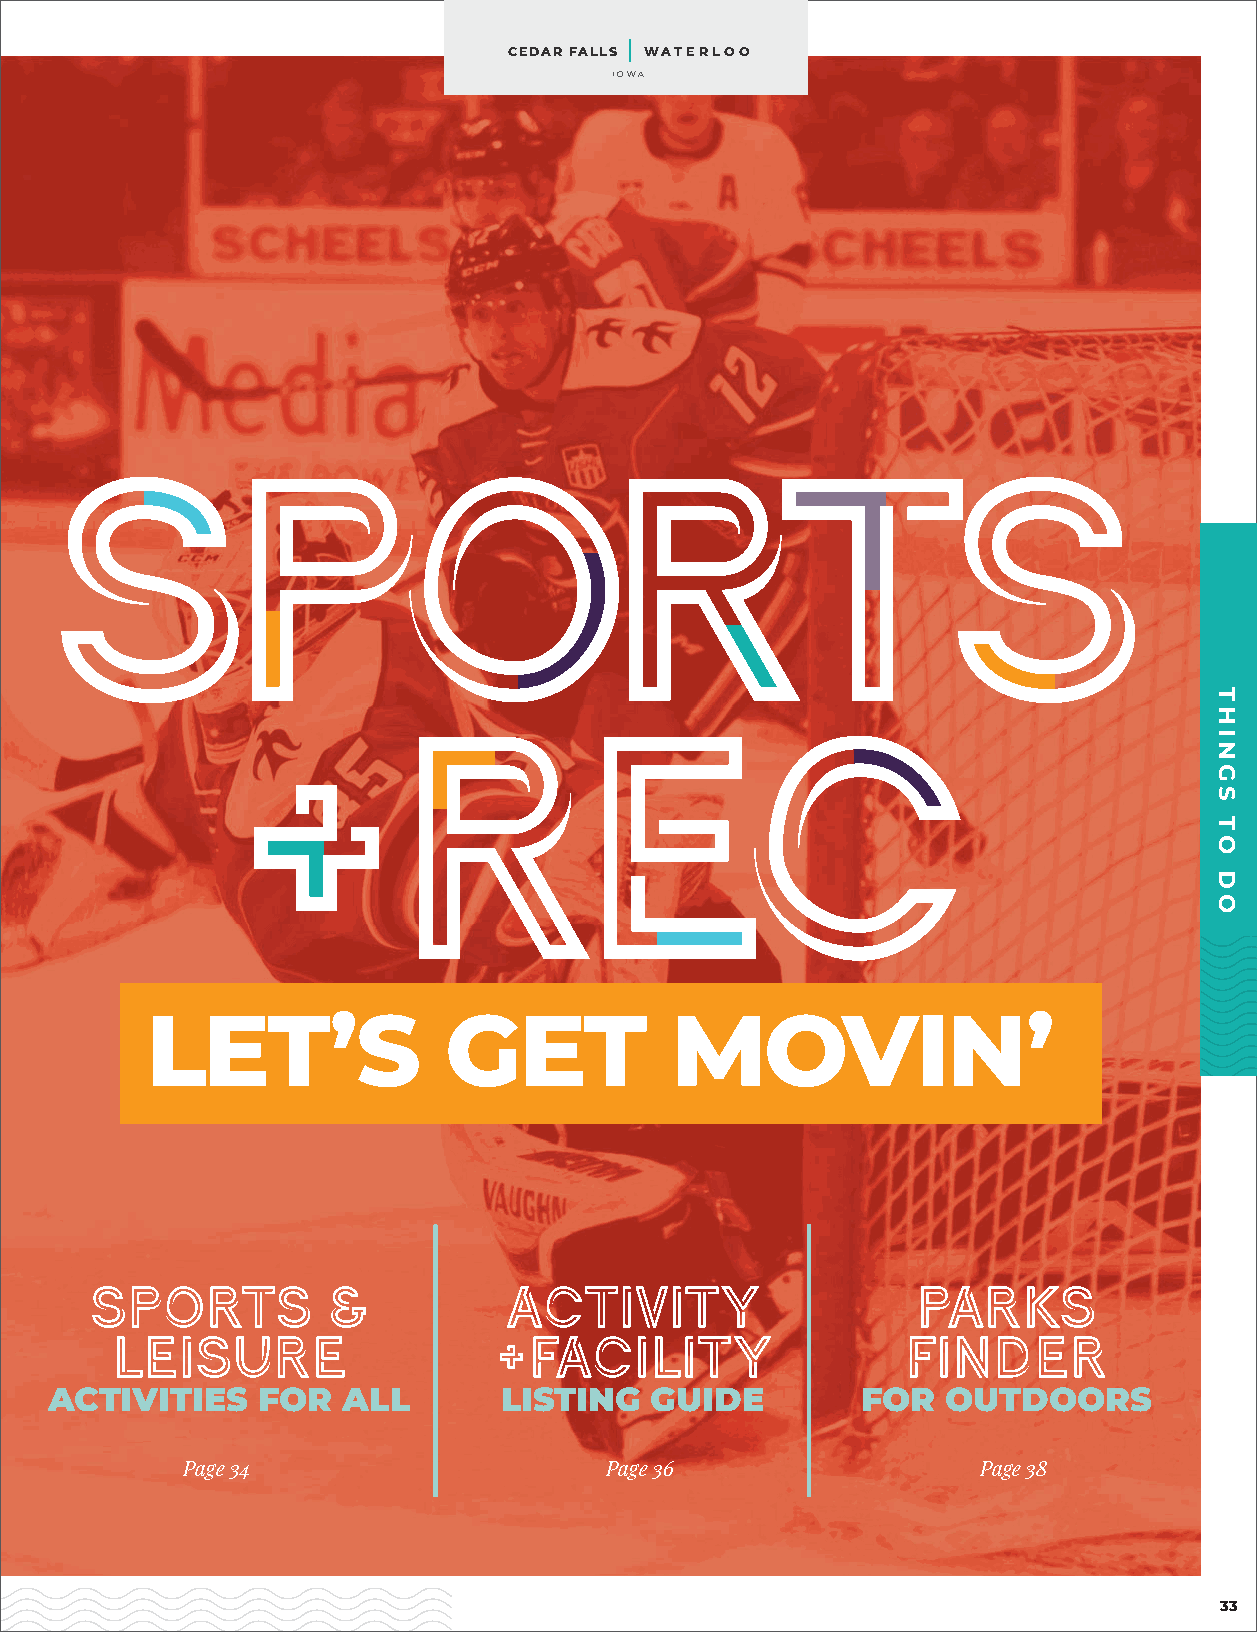
CEDAR FALLS WATERLOO
 IOWA
 SPORTS
 +REC
 LET’S              GET            MOVIN’
 SPORTS          &           ACTIVITY                   PARKS
 LEISURE                   +FACILITY                  FINDER
 ACTIVITIES    FOR   ALL       LISTING   GUIDE         FOR   OUTDOORS
 Page 34                     Page 36                  Page 38
 33
 THINGS
 TO
 DO